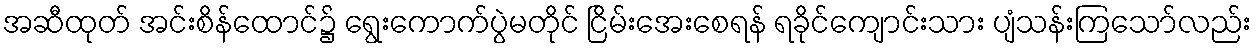
အဆီထုတ် အင်းစိန်ထောင်၌ ရွေးကောက်ပွဲမတိုင် ငြိမ်းအေးစေရန် ရခိုင်ကျောင်းသား ပျံသန်းကြသော်လည်း